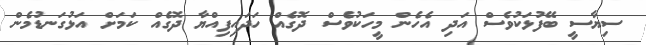
ސިޔާސީ ބޭފުޅަކުވެސް އަދި އެހެން މީހަކުވެސް ދޮގެއް ހަދައިފިއްޔާ ދޮގެއް ކަމަށް އަޅުގަނޑުމެން